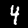
Digit: 4